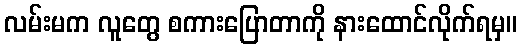
လမ်းမက လူတွေ စကားပြောတာကို နားထောင်လိုက်ရမှ။